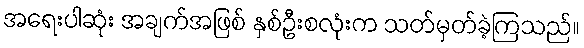
အရေးပါဆုံး အချက်အဖြစ် နှစ်ဦးစလုံးက သတ်မှတ်ခဲ့ကြသည်။